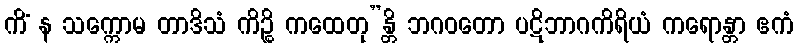
ကိံ န သက္ကောမ တာဒိသံ ကိဉ္စိ ကထေတု”န္တိ ဘဂဝတော ပဋိဘာဂကိရိယံ ကရောန္တာ ဧကံ